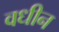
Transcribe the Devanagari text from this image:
वधीन